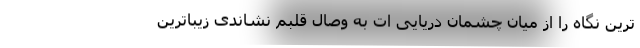
ترین نگاه را از میان چشمان دریایی ات به وصال قلبم نشاندی زیباترین